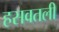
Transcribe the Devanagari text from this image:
हसवतली